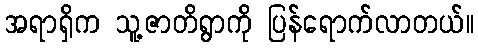
အရာရှိက သူ့ဇာတိရွာကို ပြန်ရောက်လာတယ်။